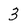
Character: 3